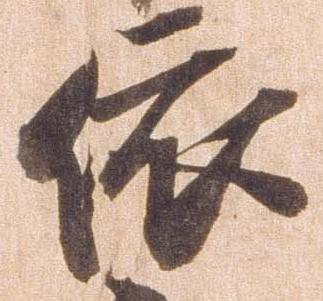
依